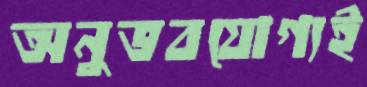
অনুভবযোগ্যই